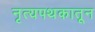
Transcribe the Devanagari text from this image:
नृत्यपथकातून